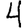
Digit: 4